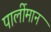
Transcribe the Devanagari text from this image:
पार्लीमान